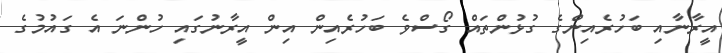
އީރާނާއި ބަހުރެއިންގެ ގުޅުންތައް ގޯސްވެ ބަހުރެއިން އިން އީރާނުގައި ހުންނަ އެ ގައުމުގެ